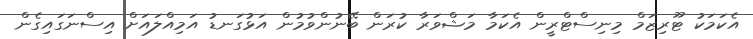
އެކަމަކު ޓޫރިޒަމް މިނިސްޓްރީން އެކަމާ މަޝްވަރާ ކުރަން ބޭނުންވުމުން އަޅުގަނޑު އަމިއްލައަށް އިސްނަގައިގެން